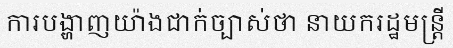
ការបង្ហាញយ៉ាងជាក់ច្បាស់ថា នាយករដ្ឋមន្ត្រី